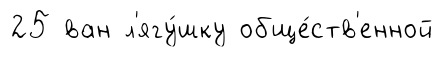
25 ван л'ягу́шку обще́ств'енной